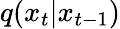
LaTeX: q(x_{t}|x_{t-1})